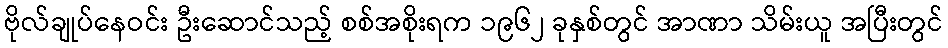
ဗိုလ်ချုပ်နေဝင်း ဦးဆောင်သည့် စစ်အစိုးရက ၁၉၆၂ ခုနှစ်တွင် အာဏာ သိမ်းယူ အပြီးတွင်